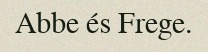
Abbe és Frege.